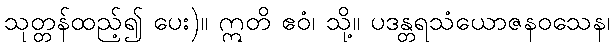
သုတ္တန်ထည့်၍ ပေး)။ ဣတိ ဧဝံ၊ သို့။ ပဒန္တရသံယောဇနဝသေန၊